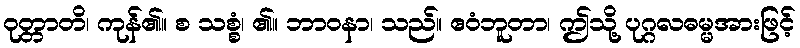
ဝုတ္တာတိ၊ ကုန်၏။ စ သစ္စံ၊ ၏။ ဘာဝနာ၊ သည်။ ဧဝံဘူတာ၊ ဤသို့ ပုဂ္ဂလဓမ္မအားဖြင့်